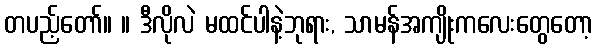
တပည့်တော်။ ။ ဒီလိုလဲ မထင်ပါနဲ့ဘုရား, သာမန်အကျိုးကလေးတွေတော့